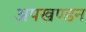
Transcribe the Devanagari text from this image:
अपखण्डन